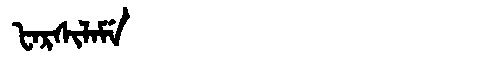
Manchu: ᡶᠠᡵᠰᡳᠯᠠᠮᡝ
Romanization: FARSILAME